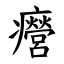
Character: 㿘